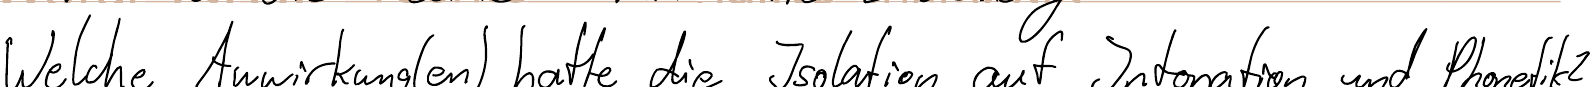
Welche Auswirkung(en) hatte die Isolation auf Intonation und Phonetik?